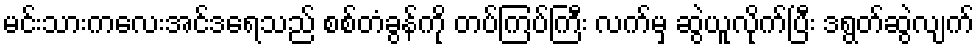
မင်းသားကလေးအင်ဒရေသည် စစ်တံခွန်ကို တပ်ကြပ်ကြီး လက်မှ ဆွဲယူလိုက်ပြီး ဒရွတ်ဆွဲလျက်